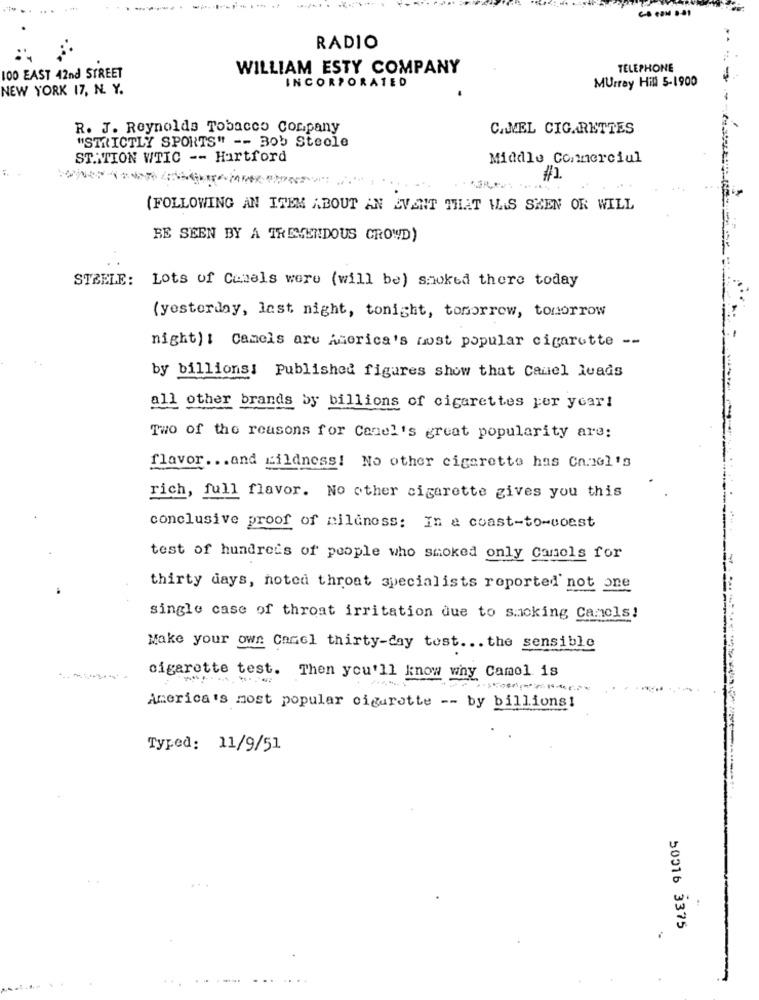
-----
RADIO
WILLIAM ESTY COMPANY
TELEPHONE
100 EAST 42nd STREET
Murray Hill 5-1900
NEW YORK 17, N. Y.
INCORPORATED
R. J. Reynolds Tobacco Corpany
CAMEL CIGARETTES
"STRICTLY SPORTS" -- Bob Steole
ST.ITION WTIC -- Hartford
Middle Commerciul
#1.
(FOLLOWING AN ITEM ABOUT AN EVENT THAT WAS SEEN OR WILL
BE SEEN BY A TREMENDOUS CROWD)
STEELE: Lots of Camels were (will be) smoked there today
(yesterday, last night, tonight, tomorrow, tomorrow
night) : Camels are America's most popular cigarette --
by billions: Published figures show that Canel leads
all other brands by billions of cigarettes per year!
Two of the reasons for Conel's great popularity are:
flavor ... and wildness! No other cigarette has Cn.10l's
rich, full flavor. No other cigarette gives you this
conclusive proof of milanoss: In a coast-to-coast
test of hundreds of people who smoked only Canols for
thirty days, noted throat specialists reported not one
single case of throat irritation due to smoking Camels!
Make your own Camel thirty-day test ... the sensible
cigarette test. Then you'll know why Camel is
America's most popular cigarette -- by billions!
Typed: 11/9/51
50316 3375